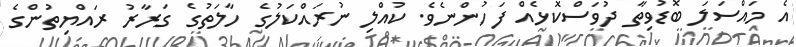
އެ މައްސަލަ ބޮޑުވިތާ ދުވަސްކޮޅެއް ފަހުންނެވެ. ކުއްލި ނުރައްކަލުގެ ހާލަތުގެ ގަރާރު ރައްޔިތުންގެ